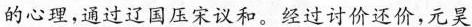
的心理，通过辽国压宋议和。经过讨价还价，元昊